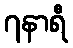
၇နာရီ